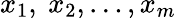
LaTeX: x_{1},\ x_{2},\ldots,x_{m}